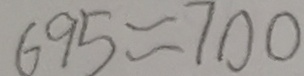
6 9 5 \approx 7 0 0